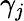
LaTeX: \gamma_{\mathit{j}}